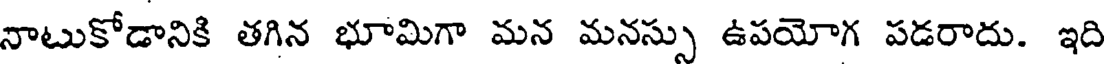
నాటుకోడానికి తగిన భూమిగా మన మనస్సు ఉపయోగ పడరాదు. ఇది